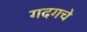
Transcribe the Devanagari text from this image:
गदगचे